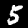
Digit: 5